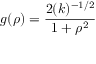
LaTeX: g ( \rho ) = \frac { 2 ( k ) ^ { - 1 / 2 } } { 1 + { \rho } ^ { 2 } }